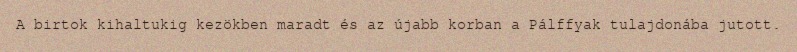
A birtok kihaltukig kezökben maradt és az újabb korban a Pálffyak tulajdonába jutott.